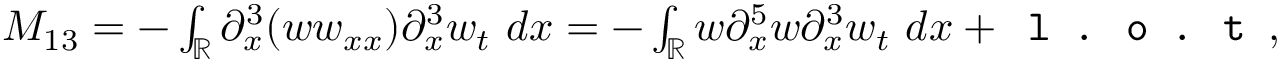
\begin{array} { r } { M _ { 1 3 } = - \int _ { \mathbb R } \partial _ { x } ^ { 3 } ( w w _ { x x } ) \partial _ { x } ^ { 3 } w _ { t } \ d x = - \int _ { \mathbb R } w \partial _ { x } ^ { 5 } w \partial _ { x } ^ { 3 } w _ { t } \ d x + \texttt { l . o . t } , } \end{array}